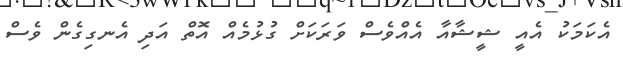
އެކަމަކު އެއީ ޝީޝާއާ އެއްވެސް ވަރަކަށް ގުޅުމެއް އޮތް އަދި އެނގިގެން ވެސް